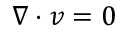
\nabla \cdot \boldsymbol { v } = 0